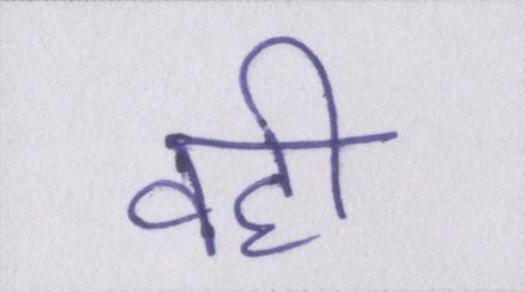
वही